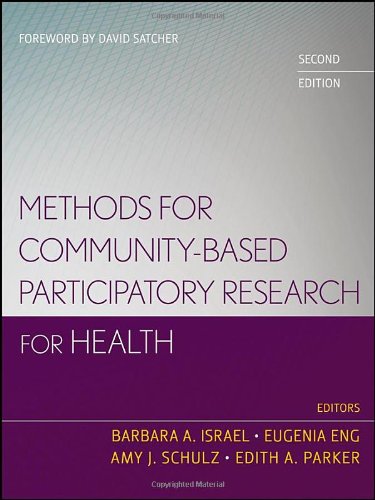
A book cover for Methods for Community-Based Participatory Research for Health; Medical Books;